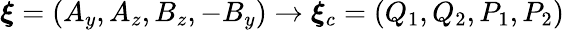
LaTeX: \boldsymbol{\xi}=(A_{y},A_{z},B_{z},-B_{y})\rightarrow\boldsymbol{\xi}_{c}=(Q_{1},Q_{2},P_{1},P_{2})